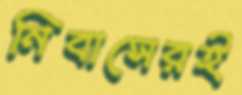
নিবাসেরই